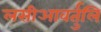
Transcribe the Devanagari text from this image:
लसीआवर्तुलि